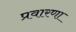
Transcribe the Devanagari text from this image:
प्रवारणा